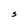
Character: S